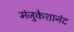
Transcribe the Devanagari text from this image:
मंजुकेशानंद